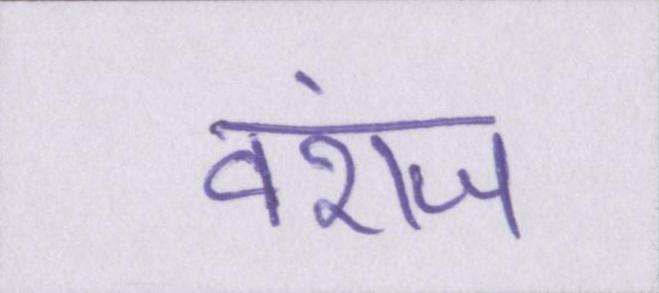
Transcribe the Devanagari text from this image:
वंशज